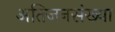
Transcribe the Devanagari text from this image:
अतिजनसंख्या